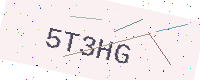
Text: 5T3HG